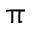
\uppi